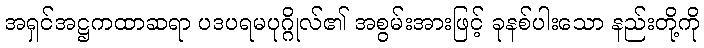
အရှင်အဋ္ဌကထာဆရာ ပဒပရမပုဂ္ဂိုလ်၏ အစွမ်းအားဖြင့် ခုနစ်ပါးသော နည်းတို့ကို